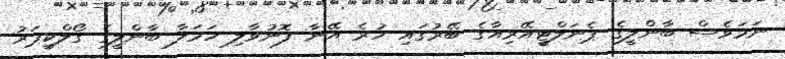
ނަމަވެސް ބާންލީގެ ޕެނަލްޓީއޭރިއާގެ ބޭރުގައި ހުރެ އޭނާ ފޮނުވާލި ހަމަލާ ބާންލީގެ ގޯލްކީޕަރު